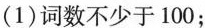
(1)词数不少于100；